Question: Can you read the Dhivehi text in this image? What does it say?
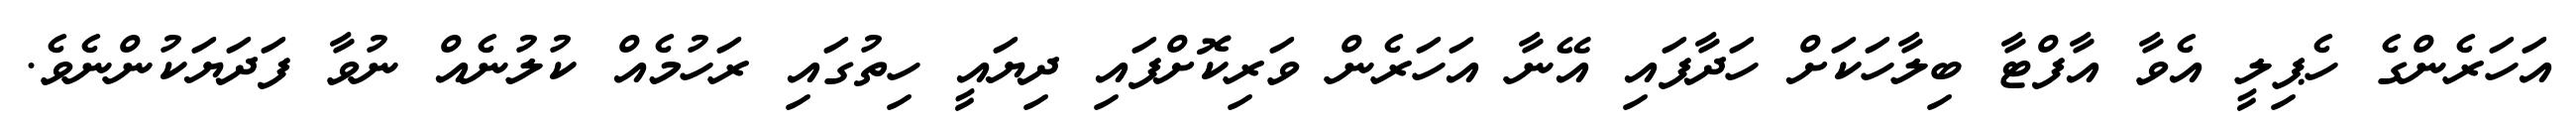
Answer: އަހަރެންގެ ހެޕިލީ އެވާ އާފްޓާ ބިލާހަކަށް ހަދާފައި އޭނާ އަހަރެން ވަރިކޮށްފައި ދިޔައީ ހިތުގައި ރަހުމެއް ކުލުނެއް ނުވާ ފަދަޔަކުންނެވެ.